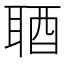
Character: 𨠧